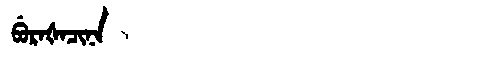
Manchu: ᠪᡠᡵᠠᡧᠠᠴᡳᠨᠠ
Romanization: BURAŠACINA